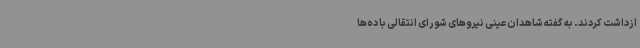
ازداشت کردند. به گفته شاهدان عینی نیروهای شورای انتقالی با ده‌ها